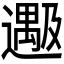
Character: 𬩔